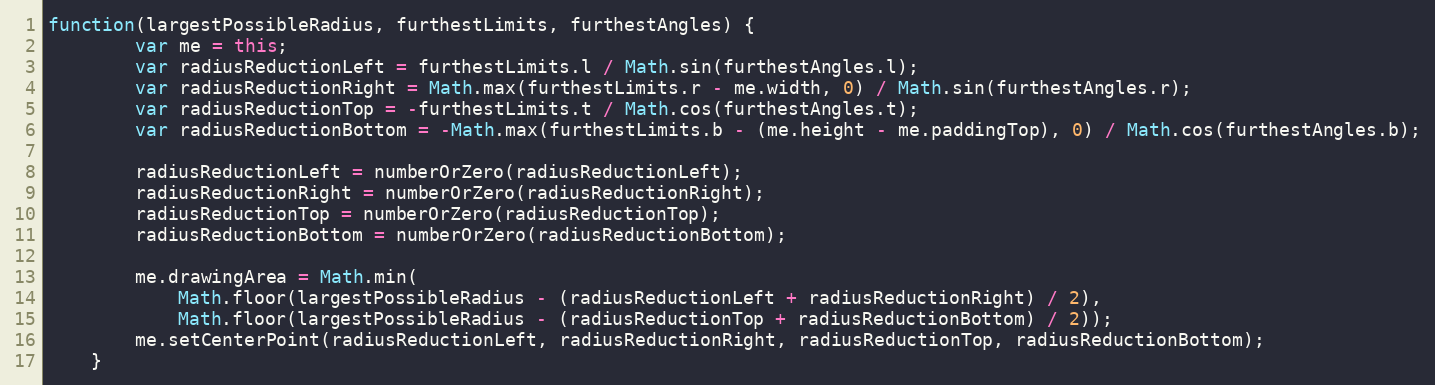
Language: JavaScript
function(largestPossibleRadius, furthestLimits, furthestAngles) {
		var me = this;
		var radiusReductionLeft = furthestLimits.l / Math.sin(furthestAngles.l);
		var radiusReductionRight = Math.max(furthestLimits.r - me.width, 0) / Math.sin(furthestAngles.r);
		var radiusReductionTop = -furthestLimits.t / Math.cos(furthestAngles.t);
		var radiusReductionBottom = -Math.max(furthestLimits.b - (me.height - me.paddingTop), 0) / Math.cos(furthestAngles.b);

		radiusReductionLeft = numberOrZero(radiusReductionLeft);
		radiusReductionRight = numberOrZero(radiusReductionRight);
		radiusReductionTop = numberOrZero(radiusReductionTop);
		radiusReductionBottom = numberOrZero(radiusReductionBottom);

		me.drawingArea = Math.min(
			Math.floor(largestPossibleRadius - (radiusReductionLeft + radiusReductionRight) / 2),
			Math.floor(largestPossibleRadius - (radiusReductionTop + radiusReductionBottom) / 2));
		me.setCenterPoint(radiusReductionLeft, radiusReductionRight, radiusReductionTop, radiusReductionBottom);
	}